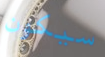
سيكون